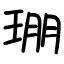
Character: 㻚